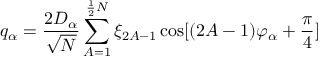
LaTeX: q _ { \alpha } = \frac { 2 D _ { \alpha } } { \sqrt { N } } \sum _ { A = 1 } ^ { \frac { 1 } { 2 } N } \xi _ { 2 A - 1 } \cos [ ( 2 A - 1 ) \varphi _ { \alpha } + \frac { \pi } { 4 } ]